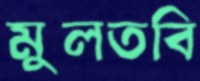
মুলতবি